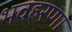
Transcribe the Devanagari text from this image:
भवहरणा